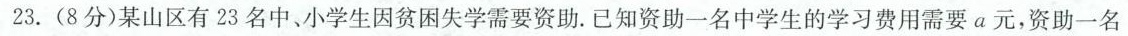
23.(8分)某山区有23名中、小学生因贫困失学需要资助。已知资助一名中学生的学习费用需要a元，资助一名